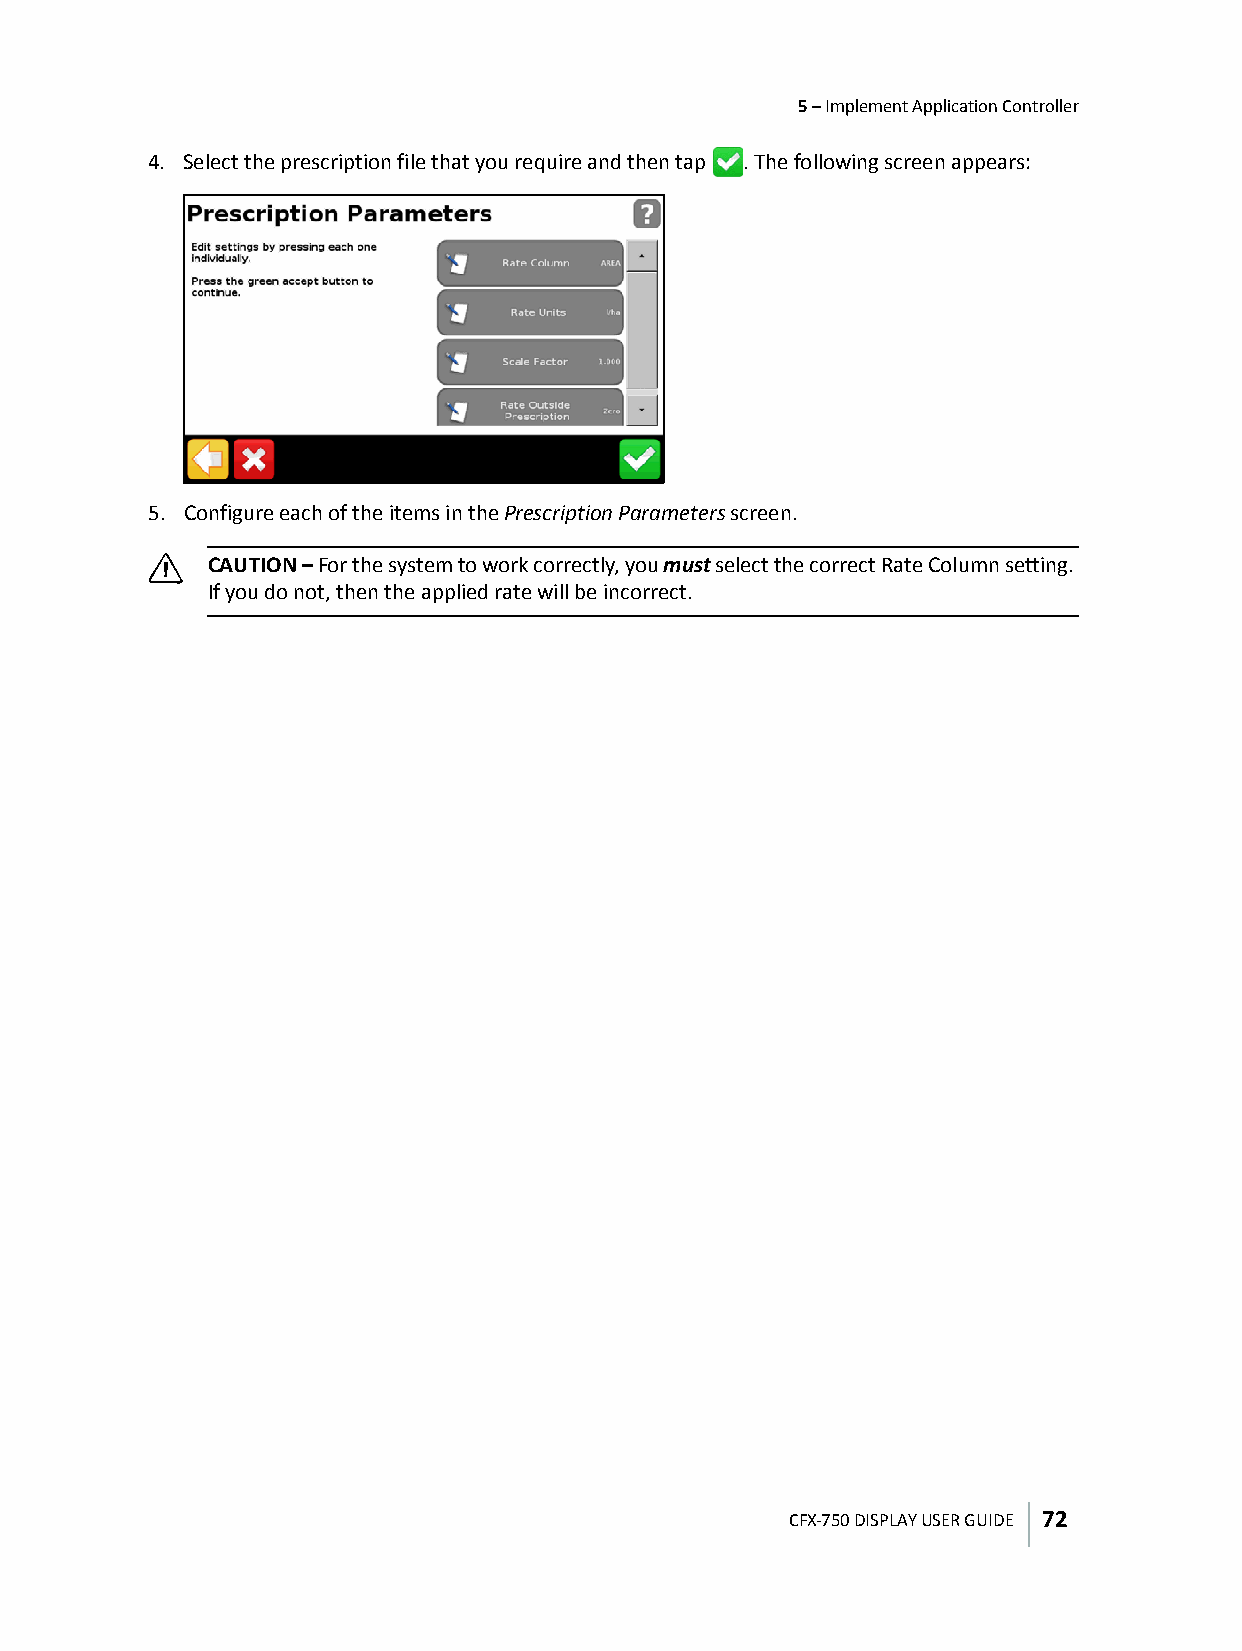
5 – Implement Application Controller
 4. Select the prescription file that you require and then tap . The following screen appears:
 5. Configure each of the items in the Prescription Parameters screen.
 C
 CAUTION – For the system to work correctly, you must select the correct Rate Column setting.
 If you do not, then the applied rate will be incorrect.
 CFX-750 DISPLAY USER GUIDE 72